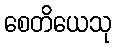
စေတိယေသု